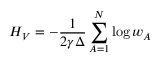
H _ { V } = - \frac { 1 } { 2 \gamma \Delta } \sum _ { A = 1 } ^ { N } \log w _ { A }